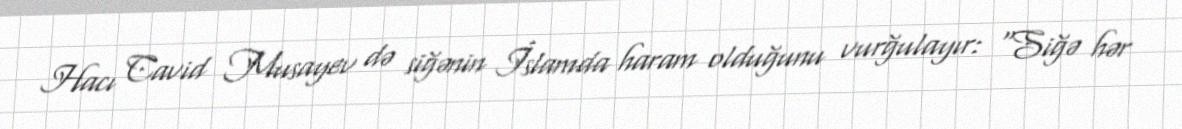
Hacı Cavid Musayev də siğənin İslamda haram olduğunu vurğulayır: “Siğə hər